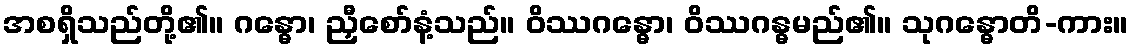
အစရှိသည်တို့၏။ ဂန္ဓော၊ ညှီစော်နံ့သည်။ ဝိဿဂန္ဓော၊ ဝိဿဂန္ဓမည်၏။ သုဂန္ဓောတိ-ကား။